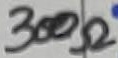
Text: 300Ω